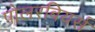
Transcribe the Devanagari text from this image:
पोलरबियर्स